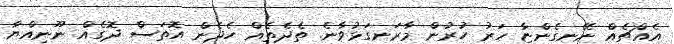
އެއްޗެއް ނޭނގެންޏާ ހަރު ހުރުން މާރަނގަޅުވާނެ. ތެދެތެއް ހެދެން އޮތަސް ދޮގެއް ނޫނިއްޔާ